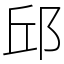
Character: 邱